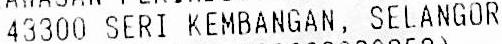
43300 SERI KEMBANGAN, SELANGOR